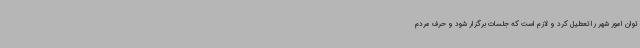
توان امور شهر را تعطیل کرد و لازم است که جلسات برگزار شود و حرف مردم